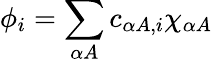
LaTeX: \phi_{i}=\sum_{\alpha A}c_{\alpha A,i}\chi_{\alpha A}